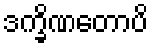
ဒက္ခိဏတောပိ